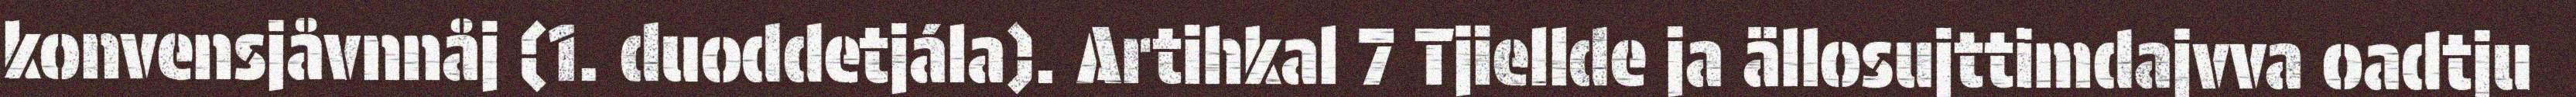
konvensjåvnnåj (1. duoddetjála). Artihkal 7 Tjiellde ja ällosujttimdajvva oadtju